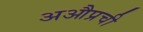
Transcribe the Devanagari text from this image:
अऔप्रची